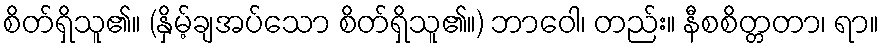
စိတ်ရှိသူ၏။ (နှိမ့်ချအပ်သော စိတ်ရှိသူ၏။) ဘာဝေါ၊ တည်း။ နီစစိတ္တတာ၊ ရာ။